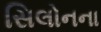
સિલોનના